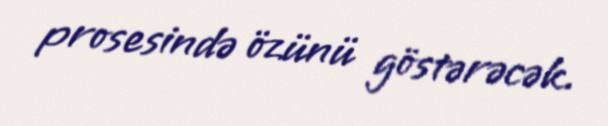
prosesində özünü göstərəcək.